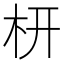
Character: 枅